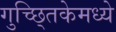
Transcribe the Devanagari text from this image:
गुच्छ्तिकेमध्ये